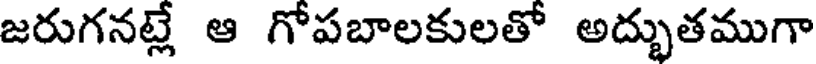
జరుగనట్లే ఆ గోపబాలకులతో అద్భుతముగా